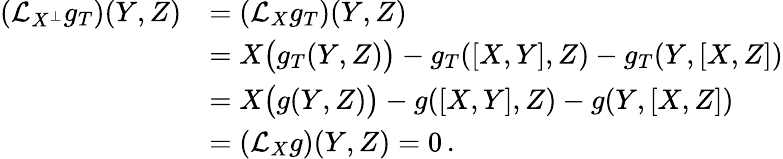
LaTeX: \begin{array}{rl}{(\mathcal{L}_{X^{\perp}}g_{T})(Y,Z)}&{=(\mathcal{L}_{X}g_{T})(Y,Z)}\\ &{=X\big(g_{T}(Y,Z)\big)-g_{T}([X,Y],Z)-g_{T}(Y,[X,Z])}\\ &{=X\big(g(Y,Z)\big)-g([X,Y],Z)-g(Y,[X,Z])}\\ &{=(\mathcal{L}_{X}g)(Y,Z)=0\, .}\end{array}